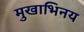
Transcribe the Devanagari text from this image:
मुखाभिनय